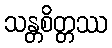
သန္တစိတ္တဿ